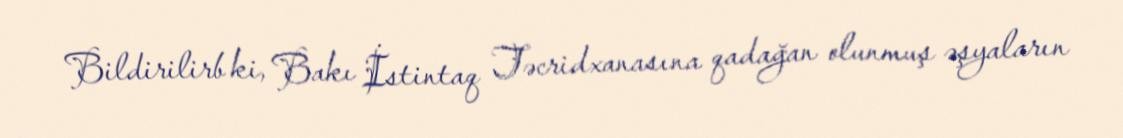
Bildirilirb ki, Bakı İstintaq Təcridxanasına qadağan olunmuş əşyaların